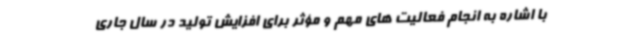
با اشاره به انجام فعالیت های مهم و مؤثر برای افزایش تولید در سال جاری